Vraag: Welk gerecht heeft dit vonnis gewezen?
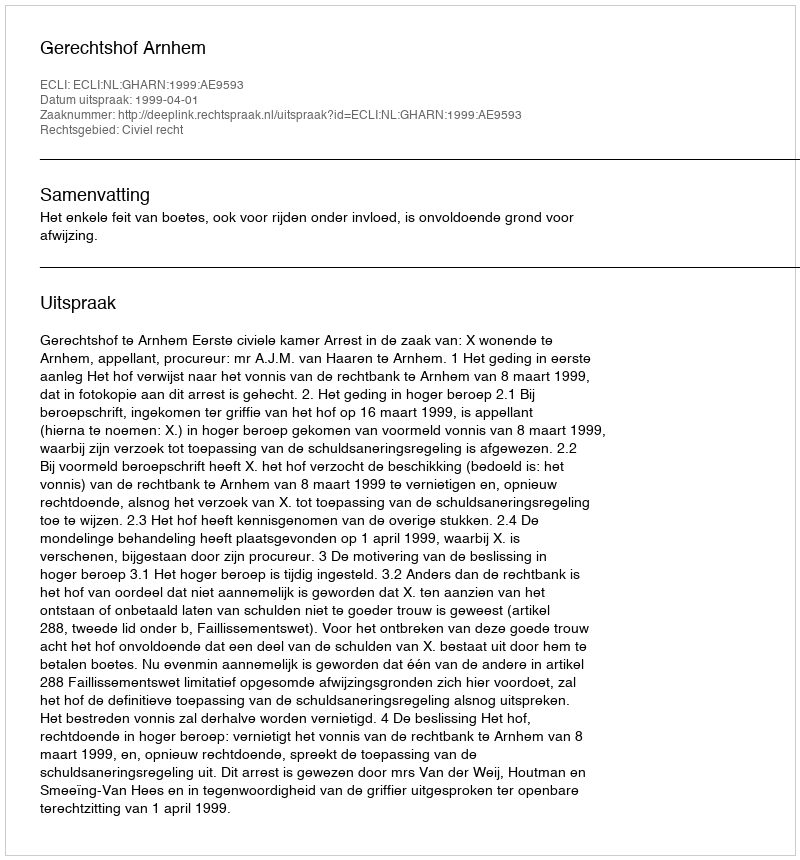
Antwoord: Gerechtshof Arnhem